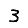
Digit: 3